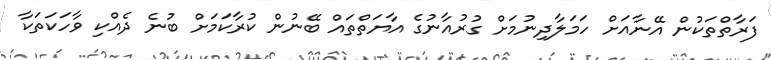
ފަރާތްތަކުން އޭނާއަށް ހަމަލާދިނުމަށް ގުރުއާނުގެ އާޔަތްތައް ބޭނުން ކުރާކަމަށް ބުނެ ދެއްކި ވާހަކަތަކާ